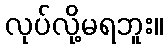
လုပ်လို့မရဘူး။